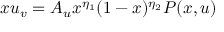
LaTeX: x u _ { v } = A _ { u } x ^ { \eta _ { 1 } } ( 1 - x ) ^ { \eta _ { 2 } } P ( x , u )